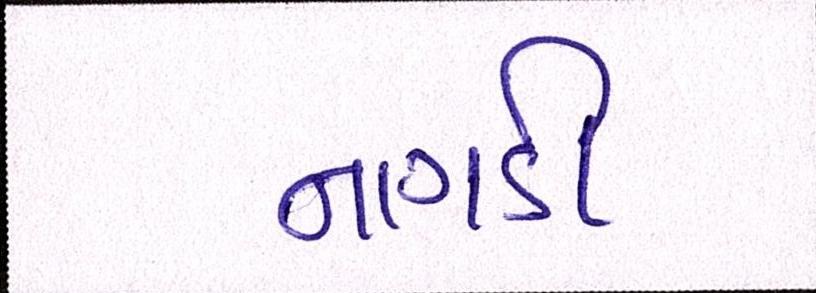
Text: નાગડી